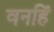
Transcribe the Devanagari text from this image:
वनहिं